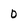
Character: 0